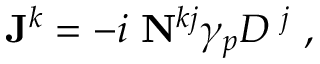
{ \bf J } ^ { k } = - i ~ { \bf N } ^ { k j } \gamma _ { p } D { \bf \Phi } ^ { j } ~ ,